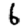
Digit: 6